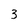
Character: 3